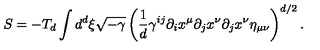
S = - T _ { d } \int d ^ { d } \xi \sqrt { - \gamma } \left( \frac { 1 } { d } \gamma ^ { i j } \partial _ { i } x ^ { \mu } \partial _ { j } x ^ { \nu } \partial _ { j } x ^ { \nu } \eta _ { \mu \nu } \right) ^ { d / 2 } .